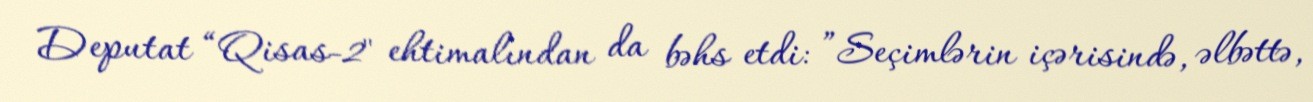
Deputat “Qisas-2" ehtimalından da bəhs etdi: ”Seçimlərin içərisində, əlbəttə,